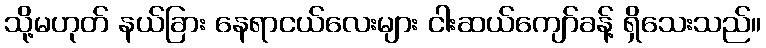
သို့မဟုတ် နယ်ခြား နေရာငယ်လေးများ ငါးဆယ်ကျော်ခန့် ရှိသေးသည်။